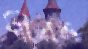
পীরও